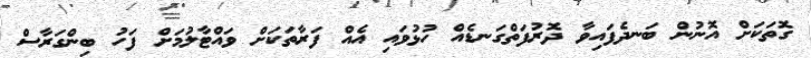
ގޮތަކަށް އޮނުން ބަނދެފައިވާ ދޮރުފަތްގަނޑެއް ހުޅުވައި އެއް ފަރާތަކަށް ވައްޓާލުމަށް ފަހު ބިންގަރާސް